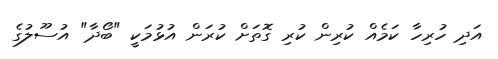
އަދި ހުރިހާ ކަމެއް ކުރިން ކުރި ގޮތަށް ކުރަން އުޅުމަކީ "ބޯދާ" އުސޫލުގެ